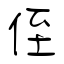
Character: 侄